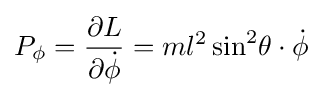
P_{\phi }={\frac {\partial L}{\partial {\dot {\phi }}}}=ml^{2}\sin ^{2}\!\theta \cdot {\dot {\phi }}